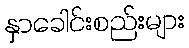
နှာခေါင်းစည်းများ